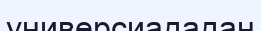
универсиададан